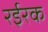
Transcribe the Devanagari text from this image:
रईरक